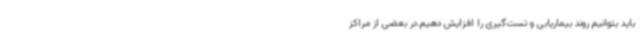
باید بتوانیم روند بیماریابی و تست‌گیری را افزایش دهیم.در بعضی از مراکز